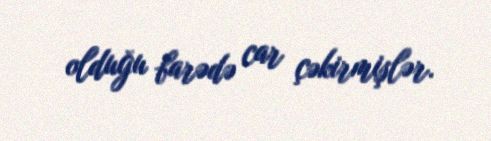
olduğu barədə car çəkirmişlər.